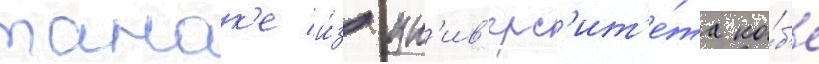
танак'е и́з ун'ив'ерс'ит'е́та ко́б'е